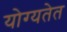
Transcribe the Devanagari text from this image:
योग्यतेत